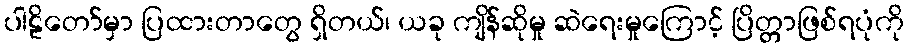
ပါဠိတော်မှာ ပြထားတာတွေ ရှိတယ်၊ ယခု ကျိန်ဆိုမှု ဆဲရေးမှုကြောင့် ပြိတ္တာဖြစ်ရပုံကို